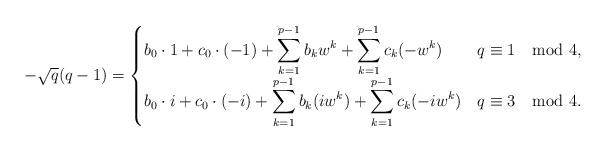
LaTeX: \begin{align*}-\sqrt{q}(q-1)=\begin{cases}b_0\cdot 1+ c_0\cdot(-1)+\displaystyle\sum_{k=1}^{p-1}b_kw^k+\sum_{k=1}^{p-1}c_k(-w^k) & q\equiv 1 \mod 4,\\b_0\cdot i+ c_0\cdot(-i)+\displaystyle\sum_{k=1}^{p-1}b_k(iw^k)+\sum_{k=1}^{p-1}c_k(-iw^k) & q\equiv 3 \mod 4. \end{cases}\end{align*}